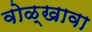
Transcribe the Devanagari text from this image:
वोळ्खावा